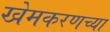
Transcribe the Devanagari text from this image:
खेमकरणच्या